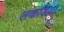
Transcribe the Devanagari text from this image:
लकड़िया